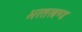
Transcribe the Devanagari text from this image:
भरतखण्ड